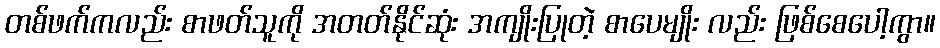
တစ်ဖက်ကလည်း စာဖတ်သူကို အတတ်နိုင်ဆုံး အကျိုးပြုတဲ့ စာပေမျိုး လည်း ဖြစ်စေပေါ့ကွာ။